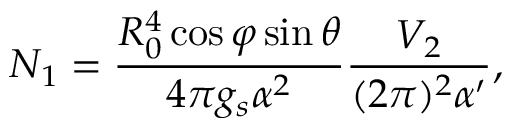
N _ { 1 } = \frac { R _ { 0 } ^ { 4 } \cos \varphi \sin \theta } { 4 \pi g _ { s } \alpha ^ { 2 } } \frac { V _ { 2 } } { ( 2 \pi ) ^ { 2 } \alpha ^ { \prime } } ,